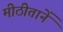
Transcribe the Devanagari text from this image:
मीठीतानें